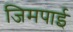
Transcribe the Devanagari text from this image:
जिमपाई